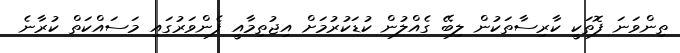
ތިންވަނަ ފޮތަކީ ކާރިސާތަކުން ލިބޭ ގެއްލުން ކުޑަކުރުމަށް އިޖުތިމާއީ ފެންވަރުގައި މަސައްކަތް ކުރާނެ